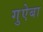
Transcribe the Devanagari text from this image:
गुऐबा